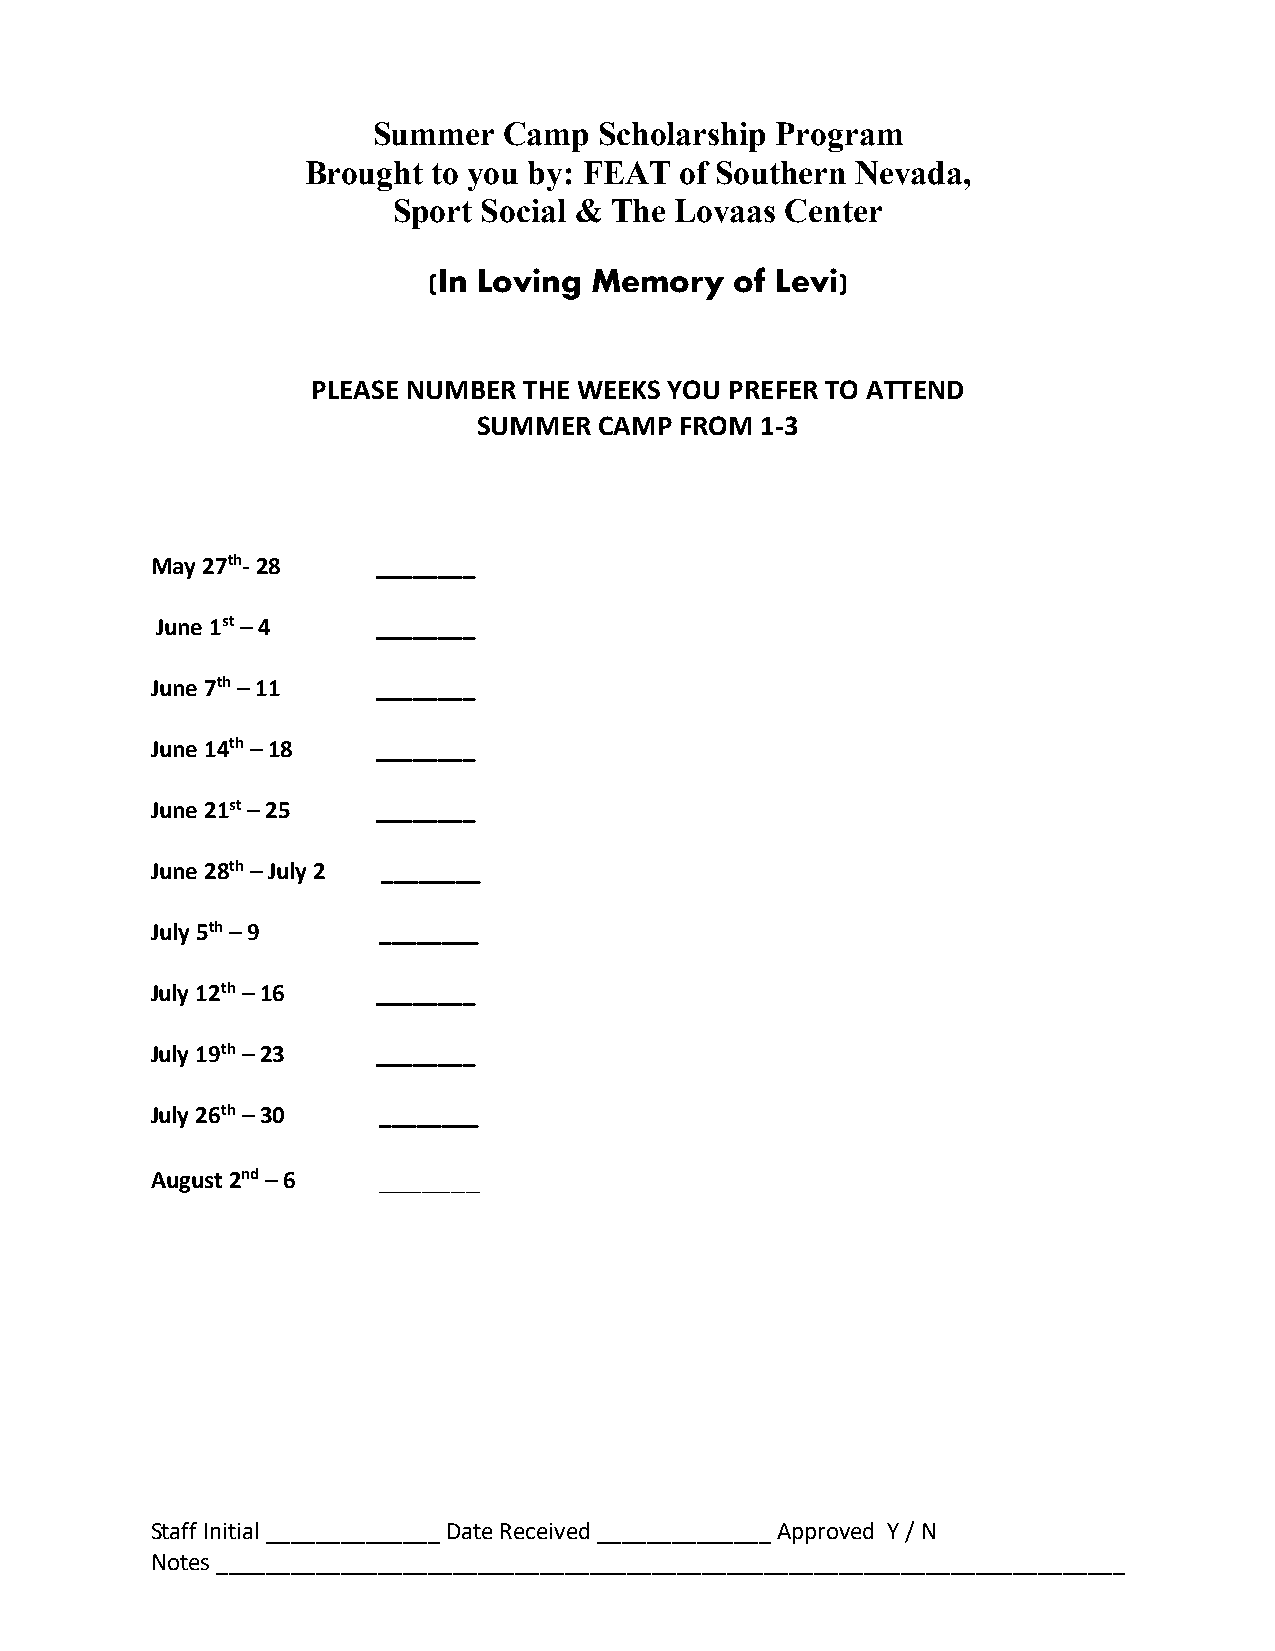
Summer  Camp   Scholarship Program
 Brought  to you by: FEAT of Southern Nevada,
 Sport Social & The Lovaas Center
 (In Loving Memory    of Levi)
 PLEASE NUMBER THE WEEKS YOU PREFER TO ATTEND
 SUMMER  CAMP FROM 1-3
 May 27th- 28   ________
 June 1st – 4   ________
 June 7th – 11  ________
 June 14th – 18 ________
 June 21st – 25 ________
 June 28th – July 2 ________
 July 5th – 9   ________
 July 12th – 16 ________
 July 19th – 23 ________
 July 26th – 30 ________
 August 2nd – 6 _______
 Staff Initial ______________ Date Received ______________ Approved Y / N
 Notes _________________________________________________________________________